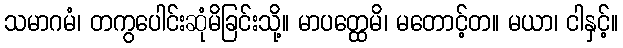
သမာဂမံ၊ တကွပေါင်းဆုံမိခြင်းသို့။ မာပတ္ထေမိ၊ မတောင့်တ။ မယာ၊ ငါနှင့်။